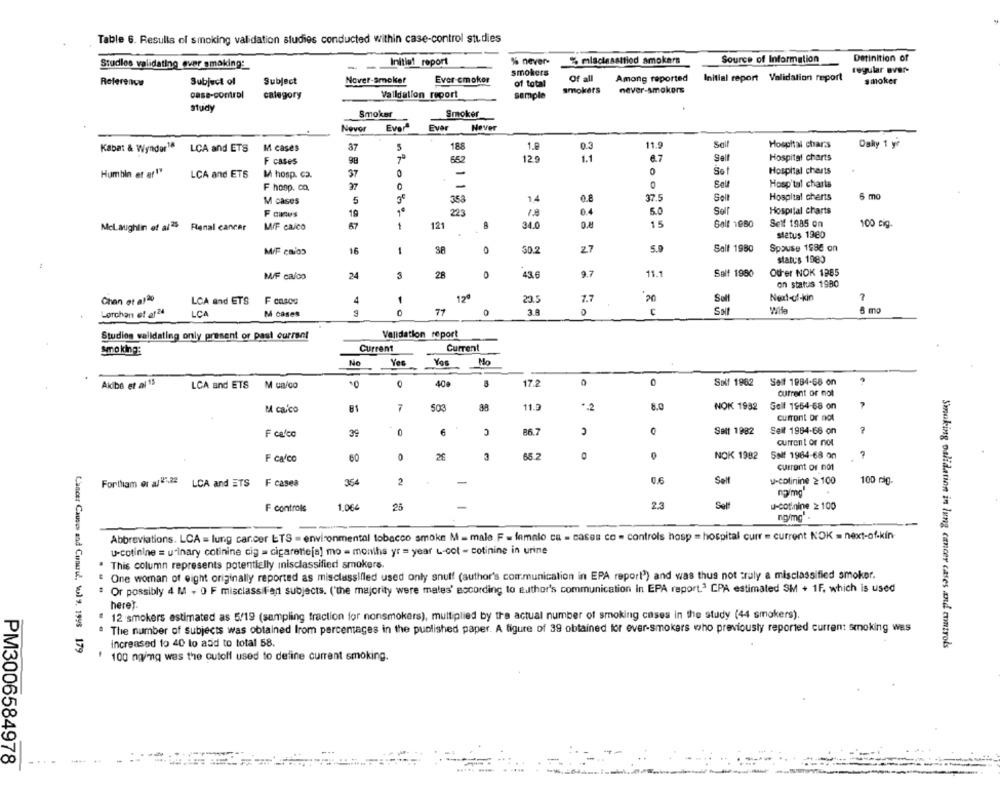
Table 6. Resulla of smoking validation studies conducted within case-control studies
Studies validating over smoking:
Initial report
% never-
% mlaclassified smokers
Source of Information
Detinition of
smokers
regular aver-
Nover-smoker
Ever -cmoker
Of all
Among reported
Initial report Validation report
Reference
Subject of
Subject
of total
smoker
case-control
calegory
Valldation report
sample
smokers
never-smokers
study
Smoker
Smoker
Never Everª
Ever
Never
Kabat & Wyndor18
LCA and ETS
M cases
37
5
188
1.8
0.3
11.9
Se
Hospital chars
Daly 1 yr
99
652
12.9
1.1
Sell
Hospital charts
F cases
Humbin et ar1"
LCA and ETS
M hosp. Ca.
37
Sot
Hospital charts
Sel
F hoop. co.
Hosp'tal charts
14
37.5
Sell
Hospital cherts
6 mo
M cases
5
358
F canus
10
5.0
Sol
Hospital charts
Mclaughlin of al25 Renal cancer
MF caico
67
1
121
34.0
Golf 1980
Self 1985 on
100 cig.
status 1960
M/F CROS
16
se
30.2
27
5.9
Salt 1980
Spouse 1980 on
status 1980
M/F calco
24
3
28
43.6
9.7
11.1
Self 1980
Other NOK 1985
on status 1980
Chan ot al2o
LCA and ETS
F casos
4
1
12ª
20.5
7.7
Next-of-kin
7
Lorchan et af 24
LCA
M cases
77
0
€
6 mo
Studies validating only present or past current
Validation report
Current
Current
smoking:
No
Yes
Yes
Mo
0
Akibe et al 13
LCA and ETS
M unico
0
17.2
Self 1962
Seit 1984-66 on
current or not
M ca.co
503
88
11.2
+ 2
8.0
NOK 1932
Soll 1964-68 on
current or not
F calco
39
6
86.7
Sett 1982
Seit 1964-68 on
-
current or not
F calco
60
0
65.2
NOK 1982
Solf 1964-68 on
7
Current of not
Fortham ot al 23,22
LCA and ETS F cases
364
2
-
0.6
Sell
u-colinine ≥100
100 rg-
na/mg
25
2.3
Self
u-cotinine ≥ 100
F controls
ngimg"
Abbreviations. LCA = lung cancer ETS - environmental tobacco smoke M = male F = femalo ca = cases co - controls hosp = hospital curr = current NOK = next-of-kin
u-cotinine = urinary cotinine cig = cigarette[a] mo = months yr = year L-cot - cotinine in urine
This column represents potentially inisclassified smokers.
One woman of eight originally reported as misclassilled used only snuff (author's communication in EPA report") and was thus not truly a misclassified smoker.
Or possibly 4 M . O F misclassiFier subjects. ("the majority were males' according to author's communication in EPA report.ª CPA estimated SM + 1F, which is used
here?
12 smokers estimated as 5/19 (sampling fraction for nonsmokers), multiplied by the actual number of smoking cases in the study (44 smokers).
The number of subjects was obtained from percentages in the published paper. A figure of 39 obtained for ever-smokers who previousty reported current smoking was
Cancer Causes and Cunuit. wul 9, 1998 179
increased to 40 to add to total 58.
Smoking validation in lung cancer cases and controls
100 ng/mq was the cutoff used to define current smoking.
PM3006584978
....